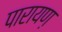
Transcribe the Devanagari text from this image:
पारायण़